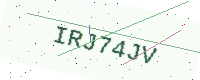
Text: IRJ74JV